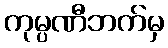
ကုမ္ပဏီဘက်မှ